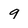
Character: 9